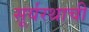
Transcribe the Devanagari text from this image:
सूर्यरथाची